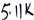
Text: 5.11K